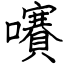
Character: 㘔